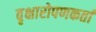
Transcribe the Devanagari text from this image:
वृक्षारोपणकर्ता